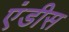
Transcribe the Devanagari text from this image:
एंडीस